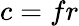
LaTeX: c=fr